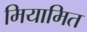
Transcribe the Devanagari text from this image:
मियामित